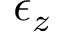
\epsilon _ { z }